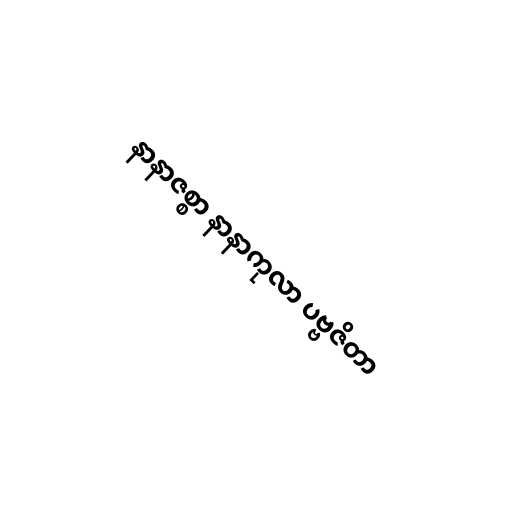
နာနာဇစ္စာ နာနာကုလာ ပဗ္ဗဇိတာ